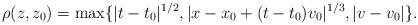
LaTeX: \begin{align*} \rho (z, z_0) = \max\{ |t-t_0|^{1/2}, |x - x_0 + (t - t_0) v_0|^{1/3}, |v-v_0|\}.\end{align*}